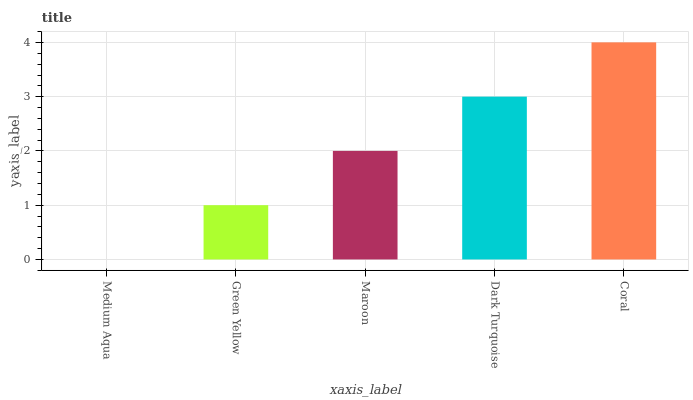
| xaxis_label | bars |
 | --- | --- |
 | Medium Aqua | 0 |
 | Green Yellow | 1 |
 | Maroon | 2 |
 | Dark Turquoise | 3 |
 | Coral | 4 |